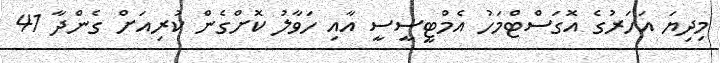
މިދިޔަ އަހަރުގެ އޮގަސްޓްމަހު އެމްޓީސީސީ އާއި ހަވާލު ކޮށްގެން ކުރިއަށް ގެންދާ 41